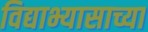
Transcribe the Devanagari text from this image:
विद्याभ्यासाच्या